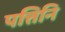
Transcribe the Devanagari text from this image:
पत्तिनि